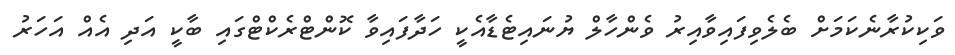
ވަކިކުރާނެކަމަށް ބެލެވިފައިވާއިރު ވެންހާލް ޔުނައިޓެޑާއެކީ ހަދާފައިވާ ކޮންޓްރެކްޓްގައި ބާކީ އަދި އެއް އަހަރު